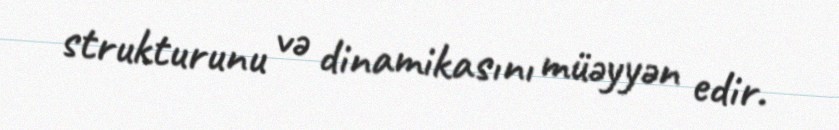
strukturunu və dinamikasını müəyyən edir.